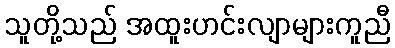
သူတို့သည် အထူးဟင်းလျာများကူညီ